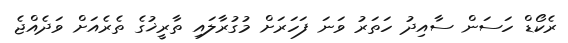
ރެކޯޑް ހަސަން ސާއިދު ހަތަރު ވަނަ ފަހަރަށް މުގުރާލައި ތާރީޚުގެ ތެރެއަށް ވަދެއްޖެ